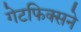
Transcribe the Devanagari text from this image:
गेटफिक्सने